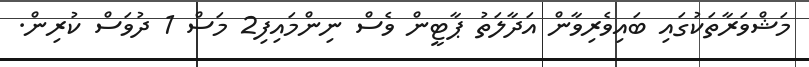
މަޝްވަރާތަކުގައި ބައިވެރިވާން އަދާލަތު ޕާޓީން ވެސް ނިންމައިފި2 މަސް 1 ދުވަސް ކުރިން.